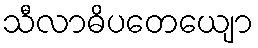
သီလာဓိပတေယျော